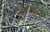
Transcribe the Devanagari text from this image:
समादरण